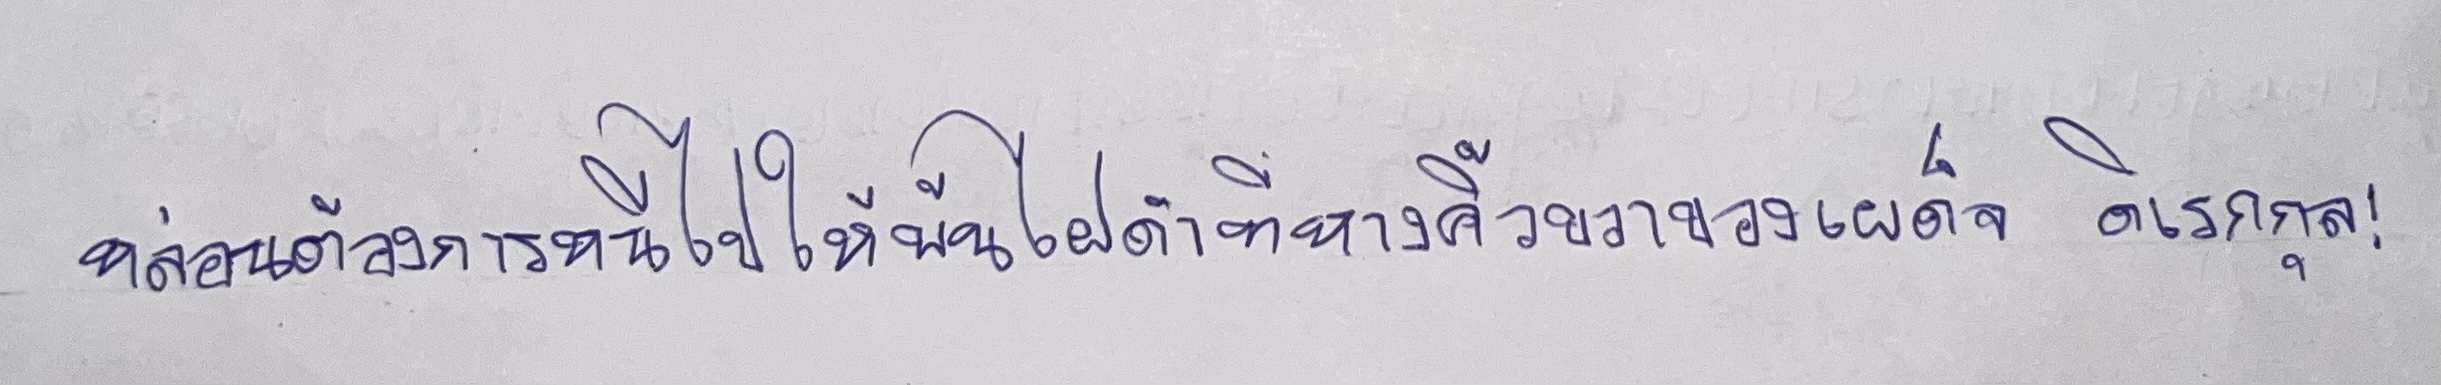
หล่อนต้องการหนีไปให้พ้นไฝดำที่หางคิ้วขวาของเผด็จ ดิเรกกุล!